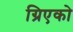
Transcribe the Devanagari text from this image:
ग्रिएको